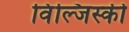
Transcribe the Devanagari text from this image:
विंल्जिस्की